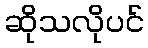
ဆိုသလိုပင်